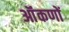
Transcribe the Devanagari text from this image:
ऑंकणों